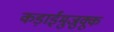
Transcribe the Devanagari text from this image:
कड़ाईमुजुक्कू